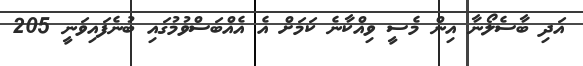
އަދި ބާސެލޯނާ އިން މެސީ ވިއްކާނެ ކަމަށް އެ އެއްބަސްވުމުގައި ބުނެފައިވަނީ 205